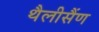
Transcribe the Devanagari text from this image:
थैलीसैंण